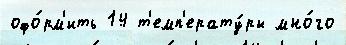
офо́рм'ить 14 т'емп'ерату́ры мно́го